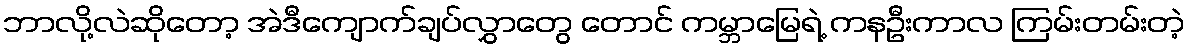
ဘာလို့လဲဆိုတော့ အဲဒီကျောက်ချပ်လွှာတွေ တောင် ကမ္ဘာမြေရဲ့ ကနဦးကာလ ကြမ်းတမ်းတဲ့